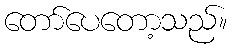
တော်ပေတော့သည်။